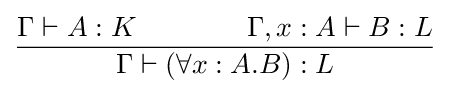
{\Gamma \vdash A:K\qquad \qquad \Gamma ,x:A\vdash B:L \over {\Gamma \vdash (\forall x:A.B):L}}